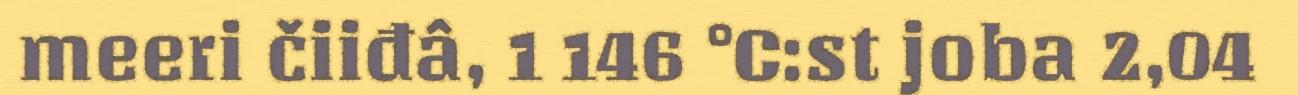
meeri čiiđâ, 1 146 °C:st joba 2,04